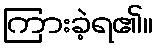
ကြားခဲ့ရ၏။